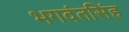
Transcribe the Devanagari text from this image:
भगवंतसिंह